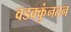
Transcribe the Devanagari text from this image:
वडक्कुंनतन